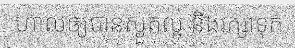
ហាលឲ្យបានស្ងួតល្អ និងរក្សាទុក